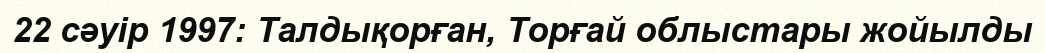
22 сәуір 1997: Талдықорған, Торғай облыстары жойылды